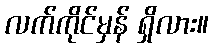
လက်ကိုင်မှန် ရှိလား။